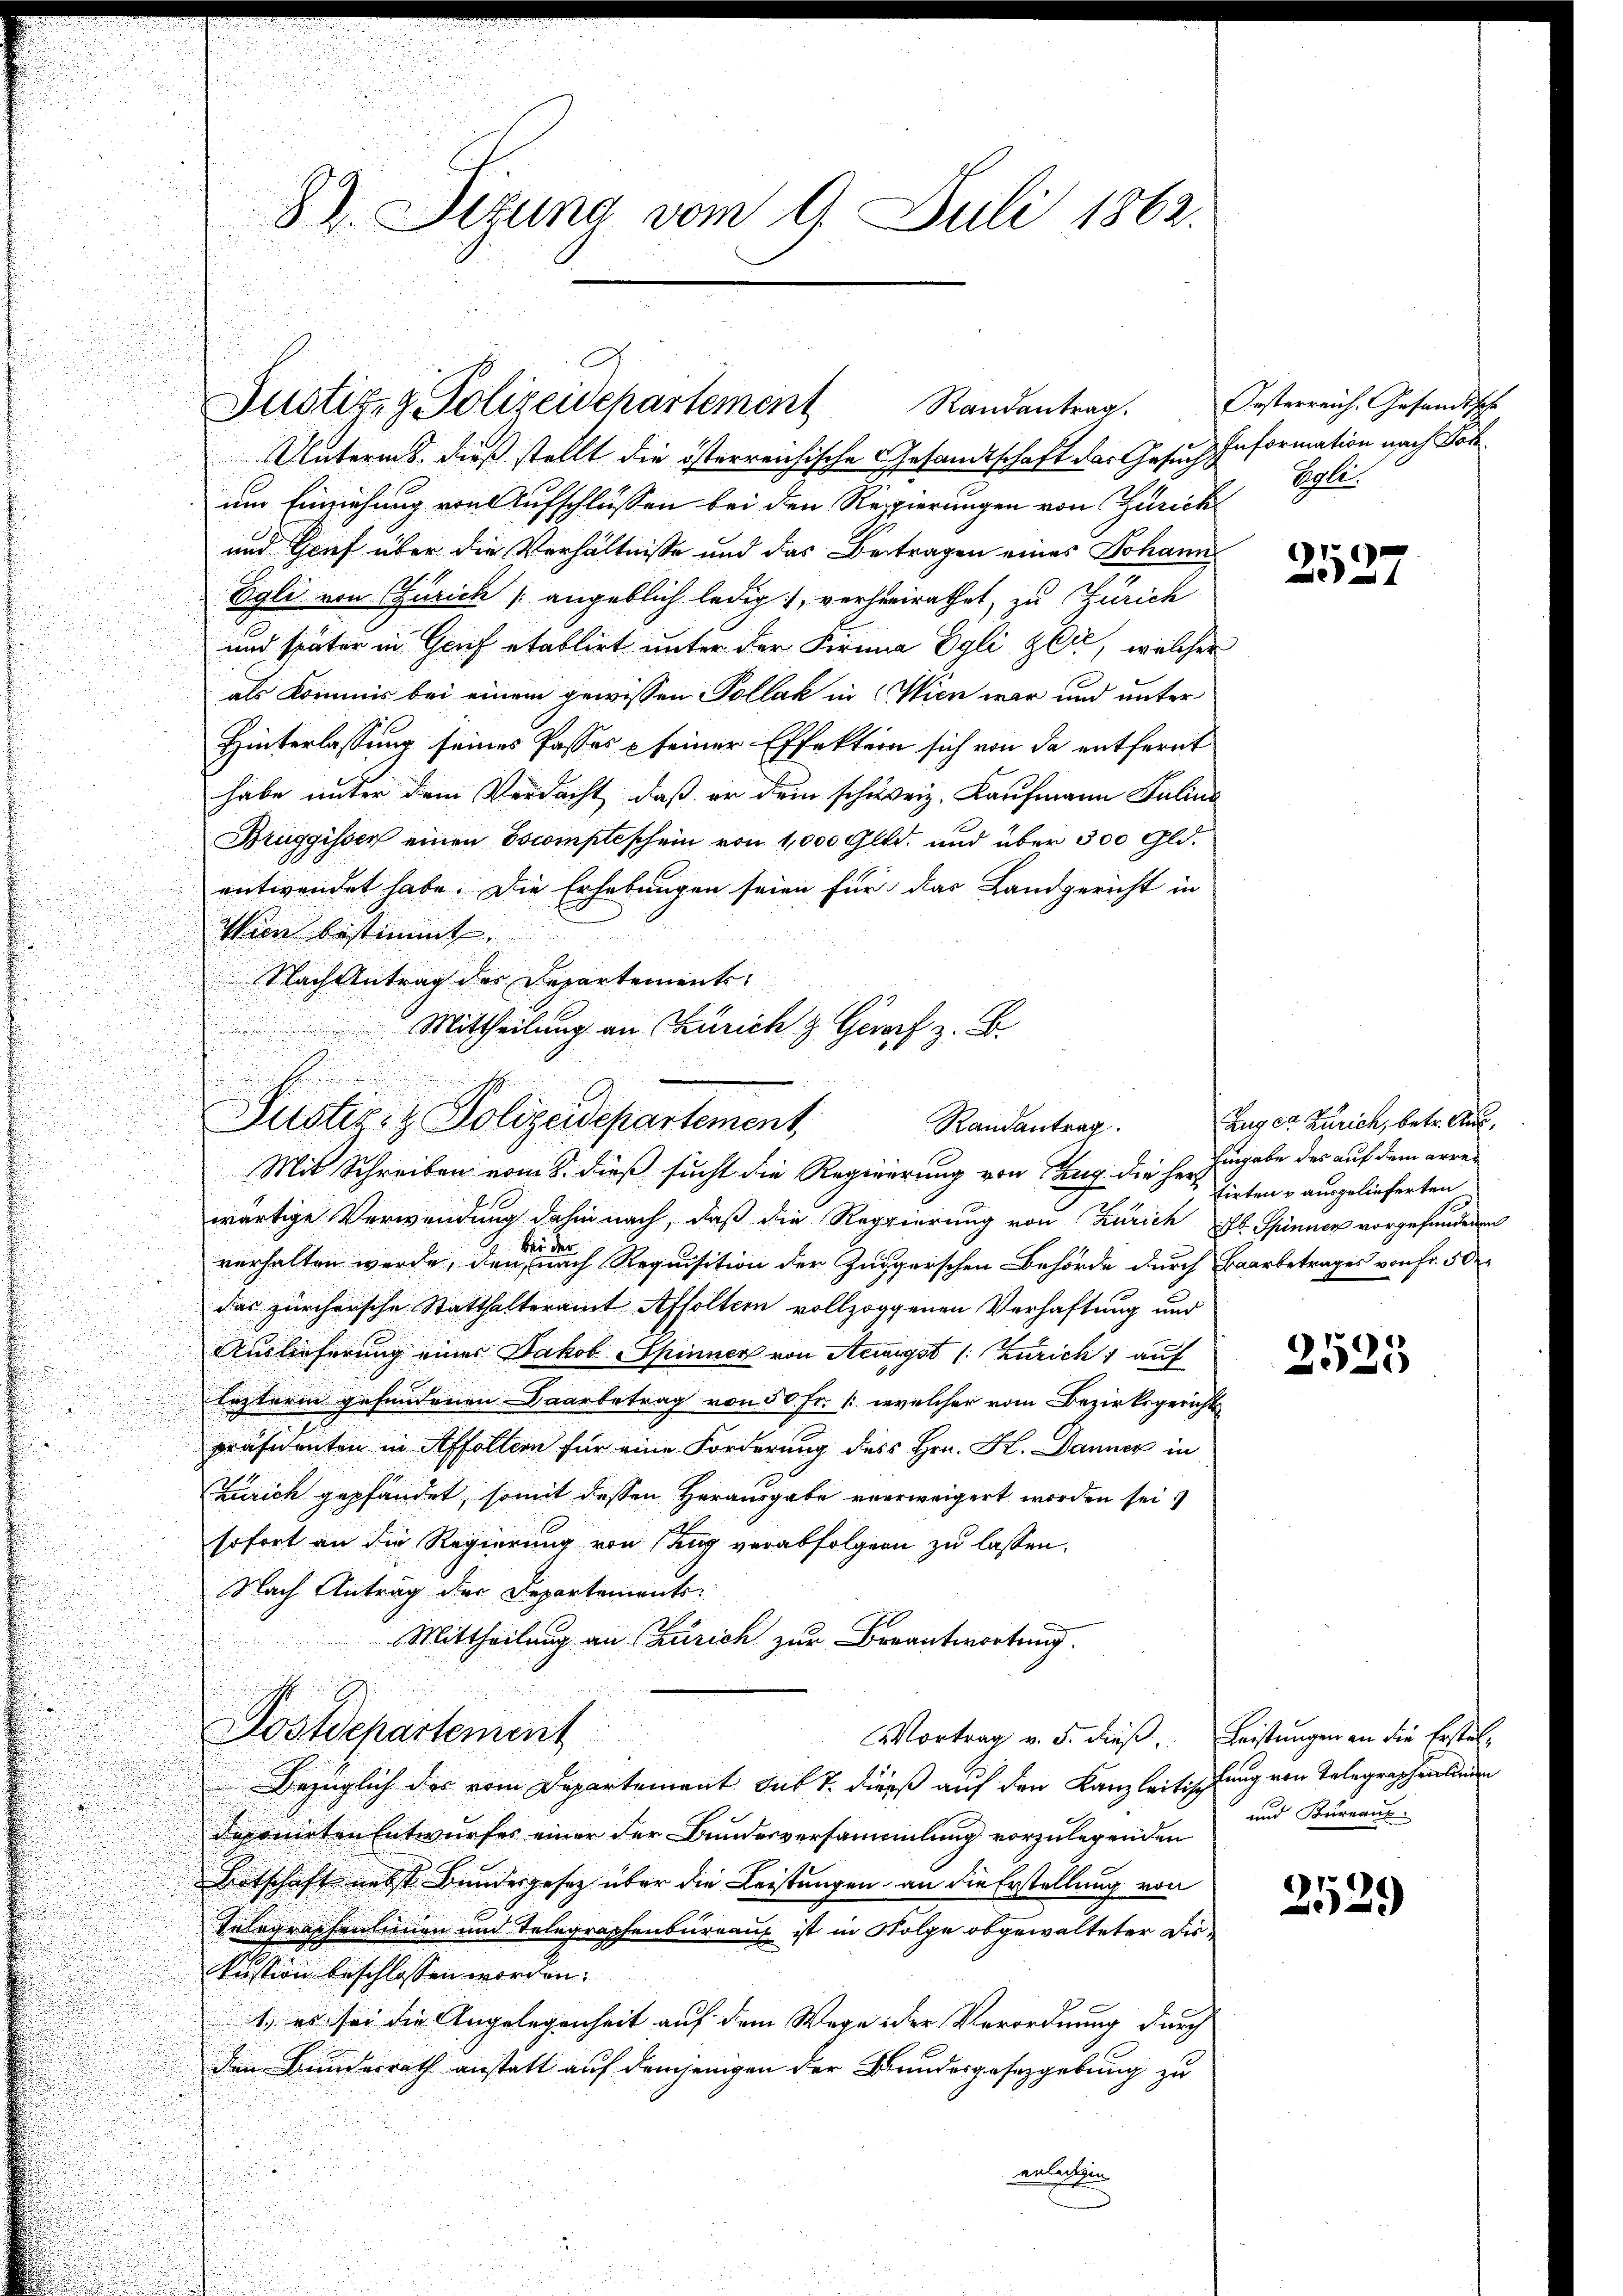
Unterm 8. dieß stellt die österreichische Gesandtschaft das Gesuch Information nach Joh.
um Einziehung von Aufschlüssen bei den Regierungen von Zürich
und Genf über die Verhältnisse und das Beitragen eines Johann
Egli von Zürich angeblich ledig, verheirathet, zu Zürich
und später in Genf etablirt unter der Firma Egli zeit, welcher
als Kommis bei einem gewissen Pollak in Wien war und unter
Hinterlassung seines Passes & seiner Effekten sich von da entfernt
habe unter dem Verdacht, daß er dem schweiz. Kaufmann Julius
Bruggissen einen Escompteschein von 1,000 Gld. und über 300 Gld.
entwendet habe. Die Erhebungen seien für das Landgericht in
Wien bestimmt.
 Nach Antrag des Departements
n
u

n
Mit Schreiben vom 8. dieß sucht die Regierung von Zug die Herz
wärtige Verwendung dahin nach, daß die Regierung von Zürich fl. Spinner vorgefundenen
 bin der
verhalten werde, den nach Requisition der Zuggerschen Behörde durch Baarbetrages von Fr. 502
das zürchersche Statthalteramt Affoltern vollzoggenen Verhaftung und
Auslieferung eines Jakob Spinner von Aeugst (: Zürich) auf
lezterm gefundenen Baarbetrag von 50 Fr. 1. welcher vom Bezirksgericht
präsidenten in Affoltern für eine Forderung des Hrn. K. Danner in
.
Zürich gepfändet, somit dessen Herausgabe verweigert worden sei.
sofort an die Regierung von Zug verabfolgern zu lassen.
u
Nach Antrag der Departements-
n
Mittheilung an Zürich zur Beantwortung.
Postdepartement
Vortrag v. 5. dieß. Leistungen an die Erstel¬
Bezüglich der vom Departement auf 1. diess auf den Kanzleitischung von Telegraphenlinden
dasonirten Entwurfes einer der Bundesversammlung vorzulegenden
Dotschaft nebst Bundesgesetz über die Leistungen, an die Erstellung von
Telegraphenlinien und Telegraphenbureau ist in Folge abgewalteter Dirkristion beschlossen worden.
1., es sei die Angelegenheit auf dem Wege der Verordnung durch
den Bundesrath anstatt auf demjenigen der Bundesgesetzgebung zu
erledigen |

82. Stund vom 9. Juli 1862.

Justiz- & Polizeidchartement Randantrag. Oesterreich. Gesandtsche

Mittheilung an Zürich & Geworf z. B.

d
Justiz- & Polizeidepartement,
Randantrag.

Pole.

2527

Zuger Zürich, betr. Aus¬
Eingabe des auf dem errei
tirten & ausgelieferten

2523

und Büreaux

2529